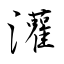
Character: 灌